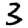
Digit: 3